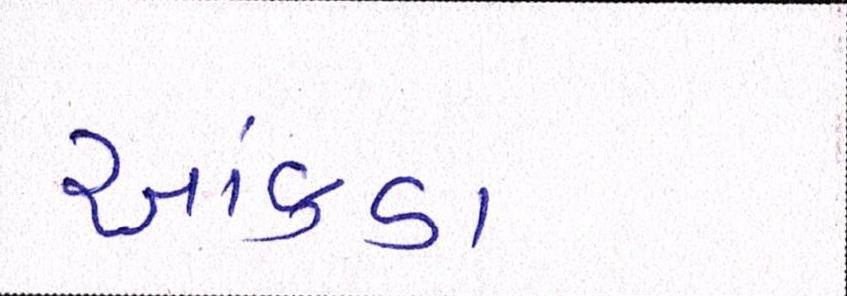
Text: આંકડા